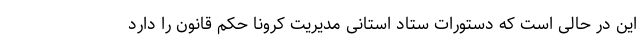
این در حالی است که دستورات ستاد استانی مدیریت کرونا حکم قانون را دارد